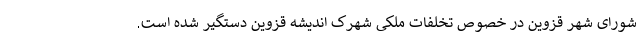
شورای شهر قزوین در خصوص تخلفات ملکی شهرک اندیشه قزوین دستگیر شده است.